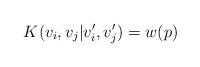
\begin{align*}K(v_i,v_j| v_i',v_j')=w(p)\end{align*}